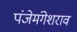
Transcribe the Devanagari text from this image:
पंजेमंगेशराव